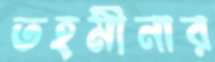
তহমীনার